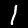
Digit: 1